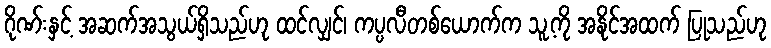
ဂိုဏ်းနှင့် အဆက်အသွယ်ရှိသည်ဟု ထင်လျှင်၊ ကပ္ပလီတစ်ယောက်က သူ့ကို အနိုင်အထက် ပြုသည်ဟု